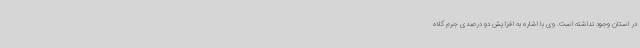
در استان وجود نداشته است. وی با اشاره به افزایش دو درصدی جرم کلاه